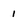
Character: 1